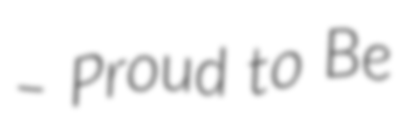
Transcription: – Proud to Be